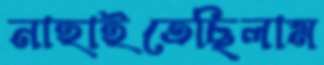
নাহাইতেছিলাম